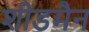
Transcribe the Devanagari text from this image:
शीडमैन